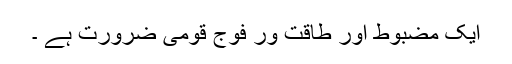
ایک مضبوط اور طاقت ور فوج قومی ضرورت ہے ۔